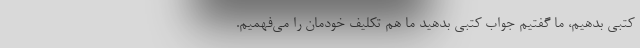
کتبی بدهیم، ما گفتیم جواب کتبی بدهید ما هم تکلیف خودمان را می‌فهمیم.